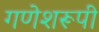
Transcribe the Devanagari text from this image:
गणेशरूपी